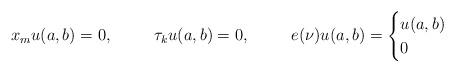
LaTeX: \begin{align*}x_m u{(a,b)} =0 , && \tau_k u{(a,b)} =0 , && e(\nu) u{(a,b)}=\begin{cases}u{(a,b)} & \\0 & \end{cases}\end{align*}